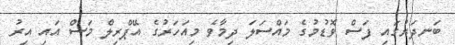
ބަނދަރުގައި ފަސް ވޮޑުމުގެ މައްސަލަ ދިމާވެ މިއަހަރުގެ އޭޕްރިލް މަަސް އައި އިރު